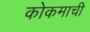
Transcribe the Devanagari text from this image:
कोकमाची